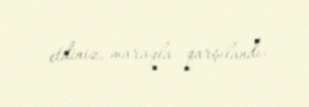
etdiniz, maraqla qarşılandı.